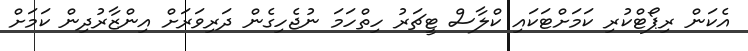
އެކަން ރިޕޯޓްކުރި ކަމަށްޓަކައި ކްލާސް ޓީޗަރު ހިތްހަމަ ނުޖެހިގެން ދަރިވަރަށް އިންޒާރުދިން ކަމަށް